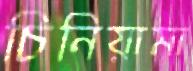
চিনিয়ামা